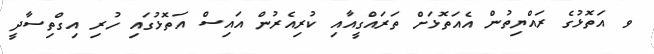
ވ އަތޮޅުގެ ރައްޔިތުން އެއަތޮޅަށް ތަރައްގީއާއި ކުރިއެރުން އައިސް އަތޮޅުގައި ހުރި އިގްތިސާދީ